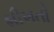
શીખતી